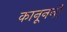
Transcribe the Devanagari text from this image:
कानूननी